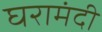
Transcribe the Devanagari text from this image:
घरामंदी